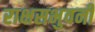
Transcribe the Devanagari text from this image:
राक्षसभुवनी